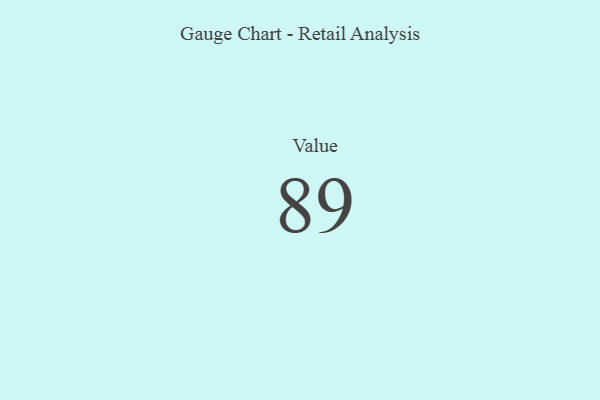
{"axis": {"x": "Metric", "y": "Value"}, "legend": [""], "data": [{"x": "Value", "y": 89, "type": ""}]}